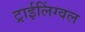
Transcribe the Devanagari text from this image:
ट्राईलिंग्वल